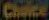
Chaice